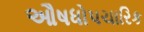
ઔષધોપચારિક